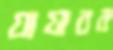
যাযাবর